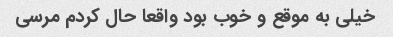
خیلی به موقع و خوب بود واقعا حال کردم مرسی